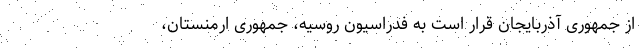
از جمهوری آذربایجان قرار است به فدراسیون روسیه، جمهوری ارمنستان،